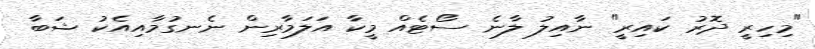
"މިހިރީ ދޮރު ކައިރީ" ނާއިލު ލާނެ ސޯޓެއް މީކާ އަލަމާރިން ނެނގުމާއިއެކު ޝަބާ